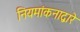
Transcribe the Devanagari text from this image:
नियमांकनाद्वारे